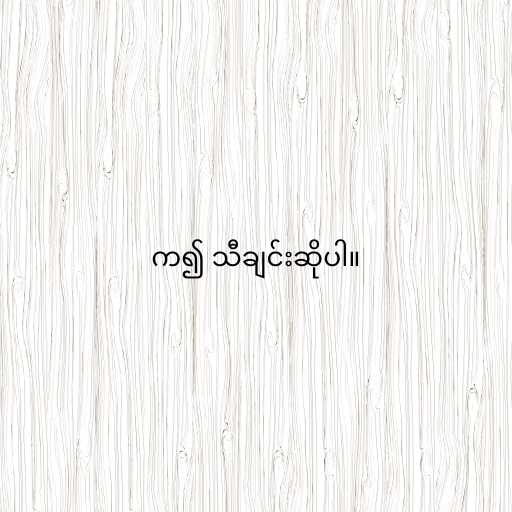
က၍ သီချင်းဆိုပါ။